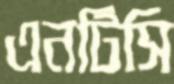
এনটিসি